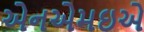
એનએમઇએ